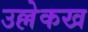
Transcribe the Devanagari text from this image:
उल्लेकख